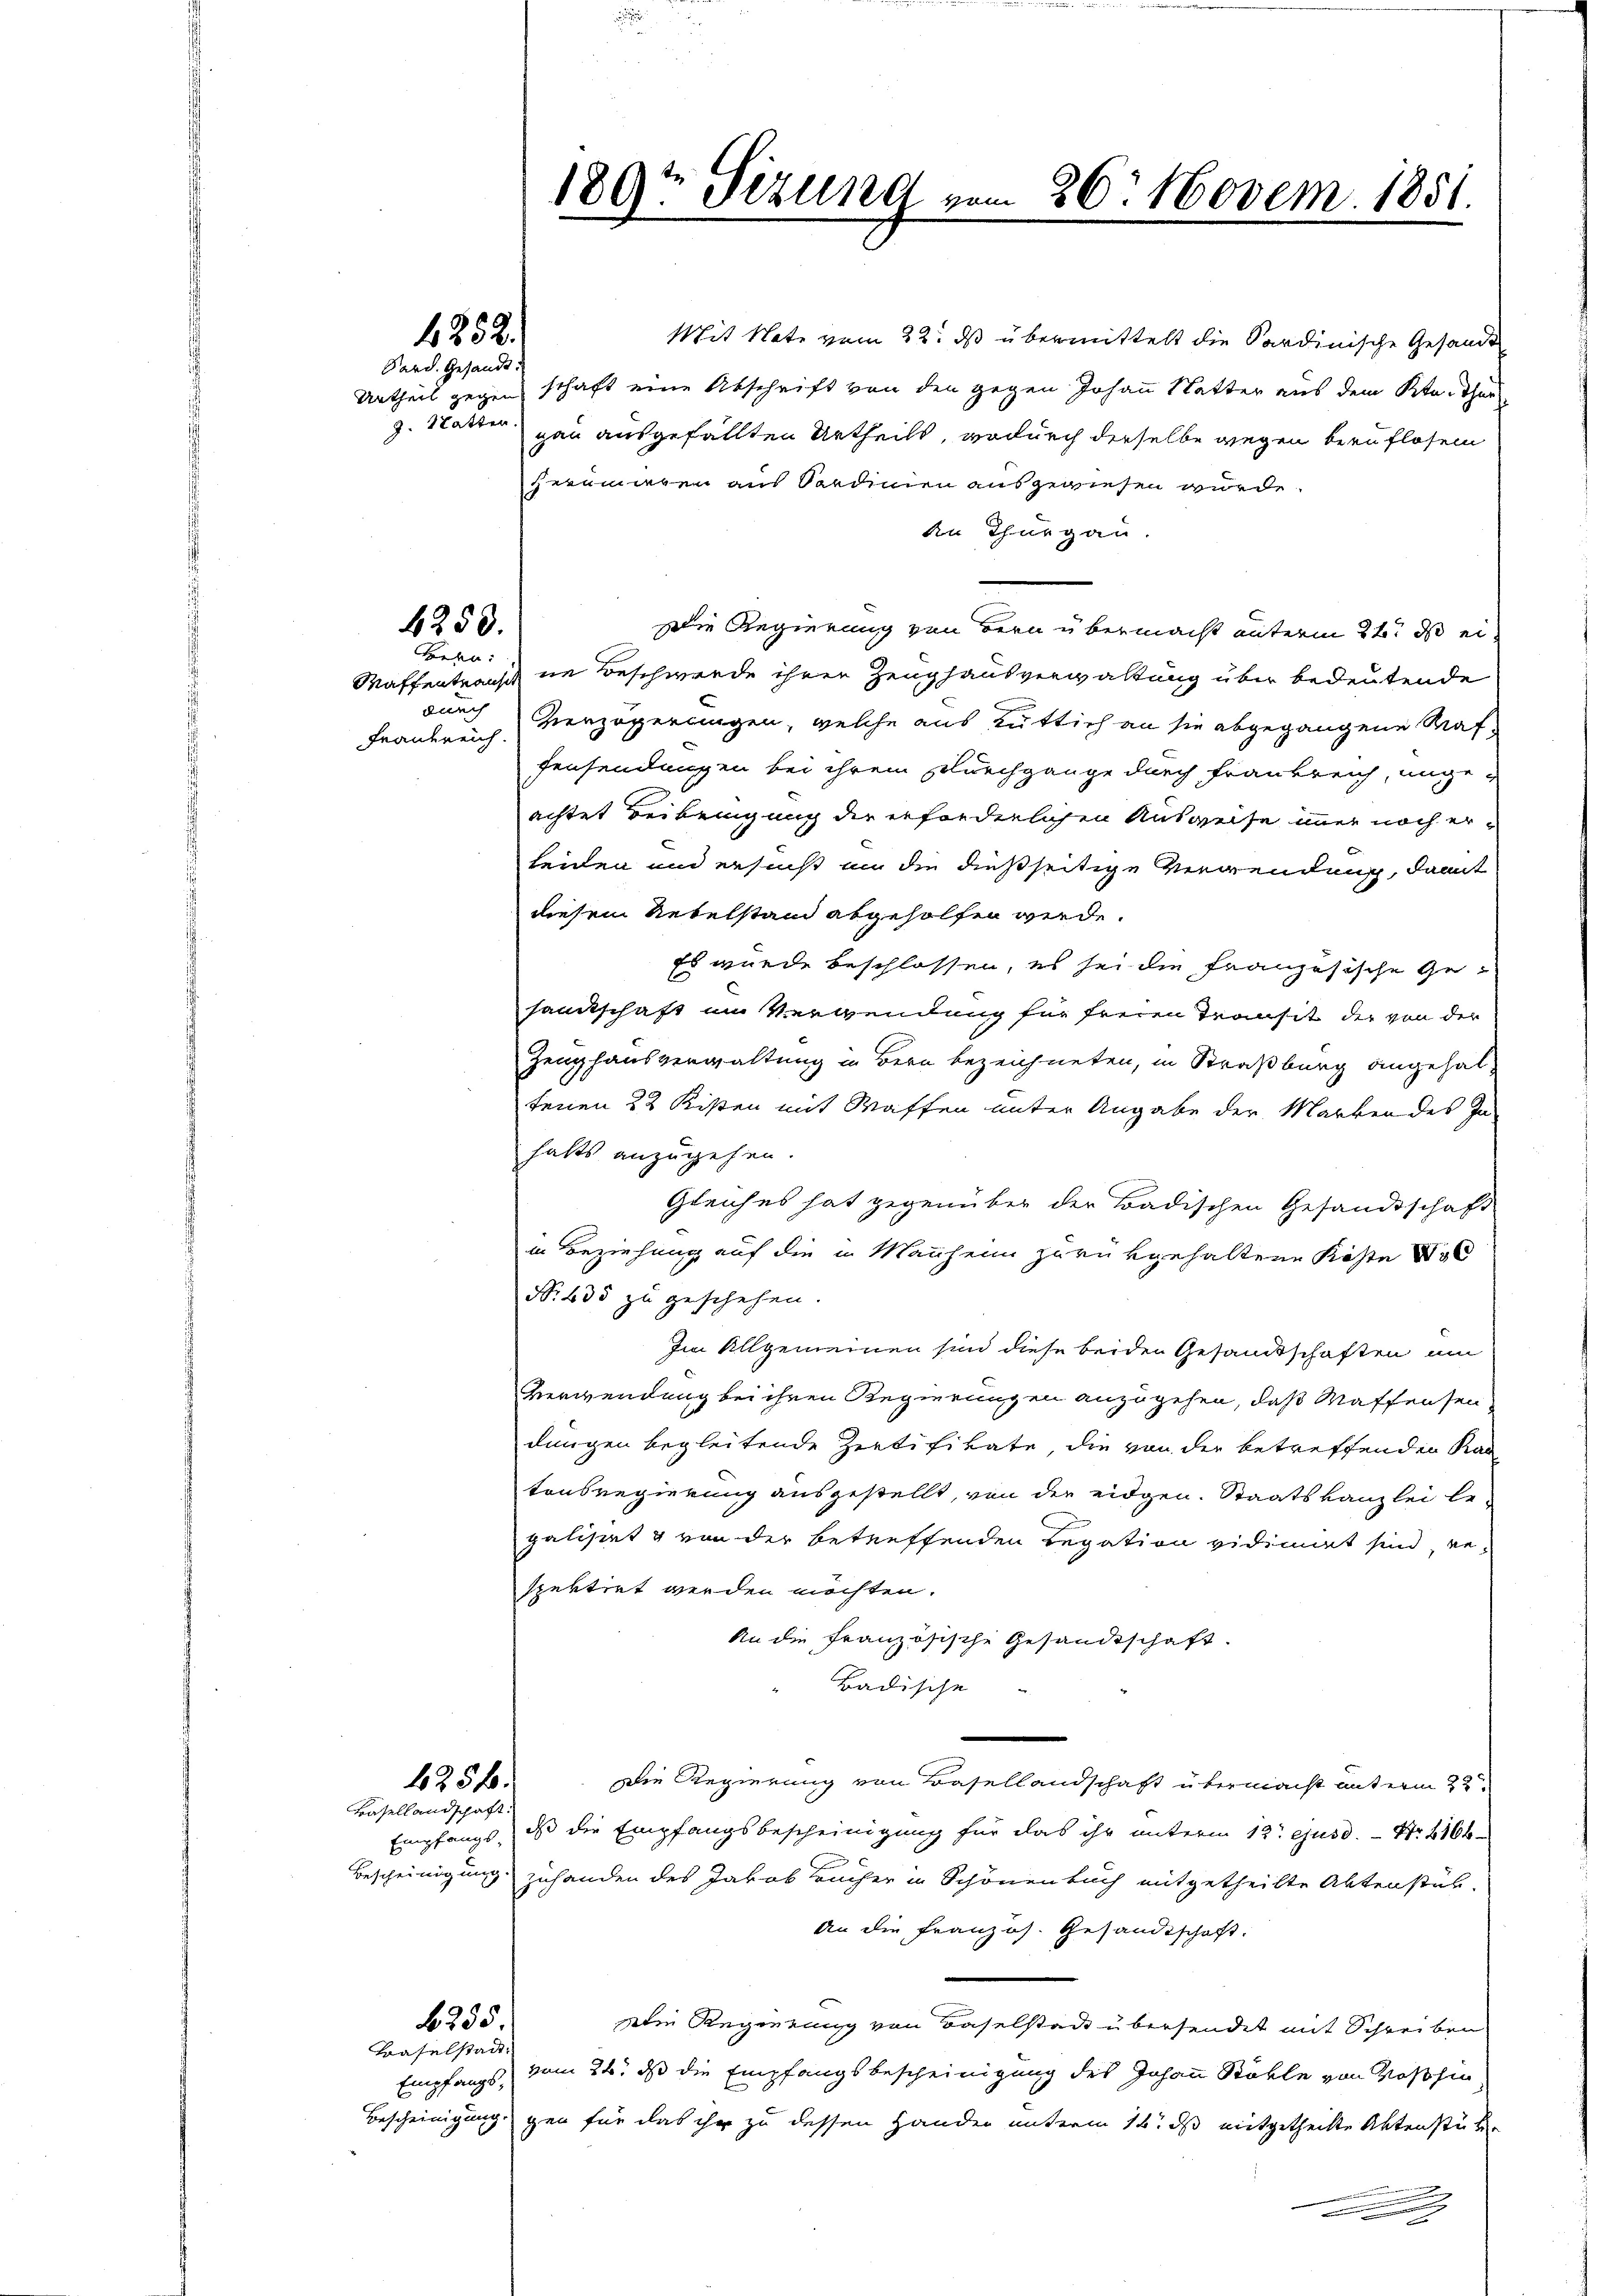
4252.

Sard. Gesandte.

4250.

Bera
Frankreich.

1256.

Basellandschaft.

235.

Traselstadt.
Empfangs¬

Mit Note vom 22. ds übermittelt die Sardinische Gesandt
Urtheil gegen schaft eine Abschrift von den gegen Johann Wetter aus dem Ktn. Thur
z. Statten ausgefällten Urtheils, wodurch derselbe wegen beruflosem
terungen aus Sardinien ausgewiesen wurde.
kn Thurgau.
Die Regierung von Bern übermacht unterm 22. ds ei
Waffentransch in Beschwerde ihren Zeughausverwaltung über bedeutende
durch Gierzögerungen, welche aus tuttich an sie abgegangene Waffensendungen bei ihrem Durchgange durch Frankreich, ungeachtet Beibeigung der erforderlichen Ausweise immer noch erleiden und ersucht an die dießseitige Verwendung, damit
diesem Nebelstand abgeholfen werde.
Es wurde beschlossen, es sei die französische Gesantschaft im Verwendung für freien Transit der von der
Zeughausverwaltung in Bern bezeichneten, in Straßburg angehal-
tenen 22 Kisten mit Waffen unter Angabe der Marken des Jahalts anzugehen.
Gleiches hat gegenüber der Badischen Gesandtschaft
in Beziehung auf die in Manheim zurükgehaltene Koste 136
N. 635 zu geschehen.
Im Allgemeinen sind diese beiden Gesandtschaften um
Verwendung bei ihren Regierungen anzugehen, daß Maffensendungen begleitende Zertifikate, die von der betreffenden Kan
tonsregierung ausgestellt, von der eidgen. Staatskanzlei le-
galisirt & von der betreffenden Legation vidimirt sind, wespektirt werden möchten.
An die Französische Gesandtschaft.
Badische
Die Regierung von Basellandschaft übermacht unterm 22te
Empfangs, dass die Empfangsbescheinigung für das ihr unterm 12t ejusd. Nr. 2166
Bescheinigung zuhanden des Jakob Bücher in Schönenbuch mitgetheilte Abtenstük-
An die Französ. Gesandtschaft.
Die Regierung von Baselstadt übersendet mit Schreiben
vom 24. ds die Empfangsbescheinigung des Johann Stöhle von Voschin
Bescheinigung gen für das ihr zu dessen Hander unterm 16. ds mitgetheilte Aktenstüke
.

189t Sizung vom 26. Novem. 1851.